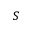
S